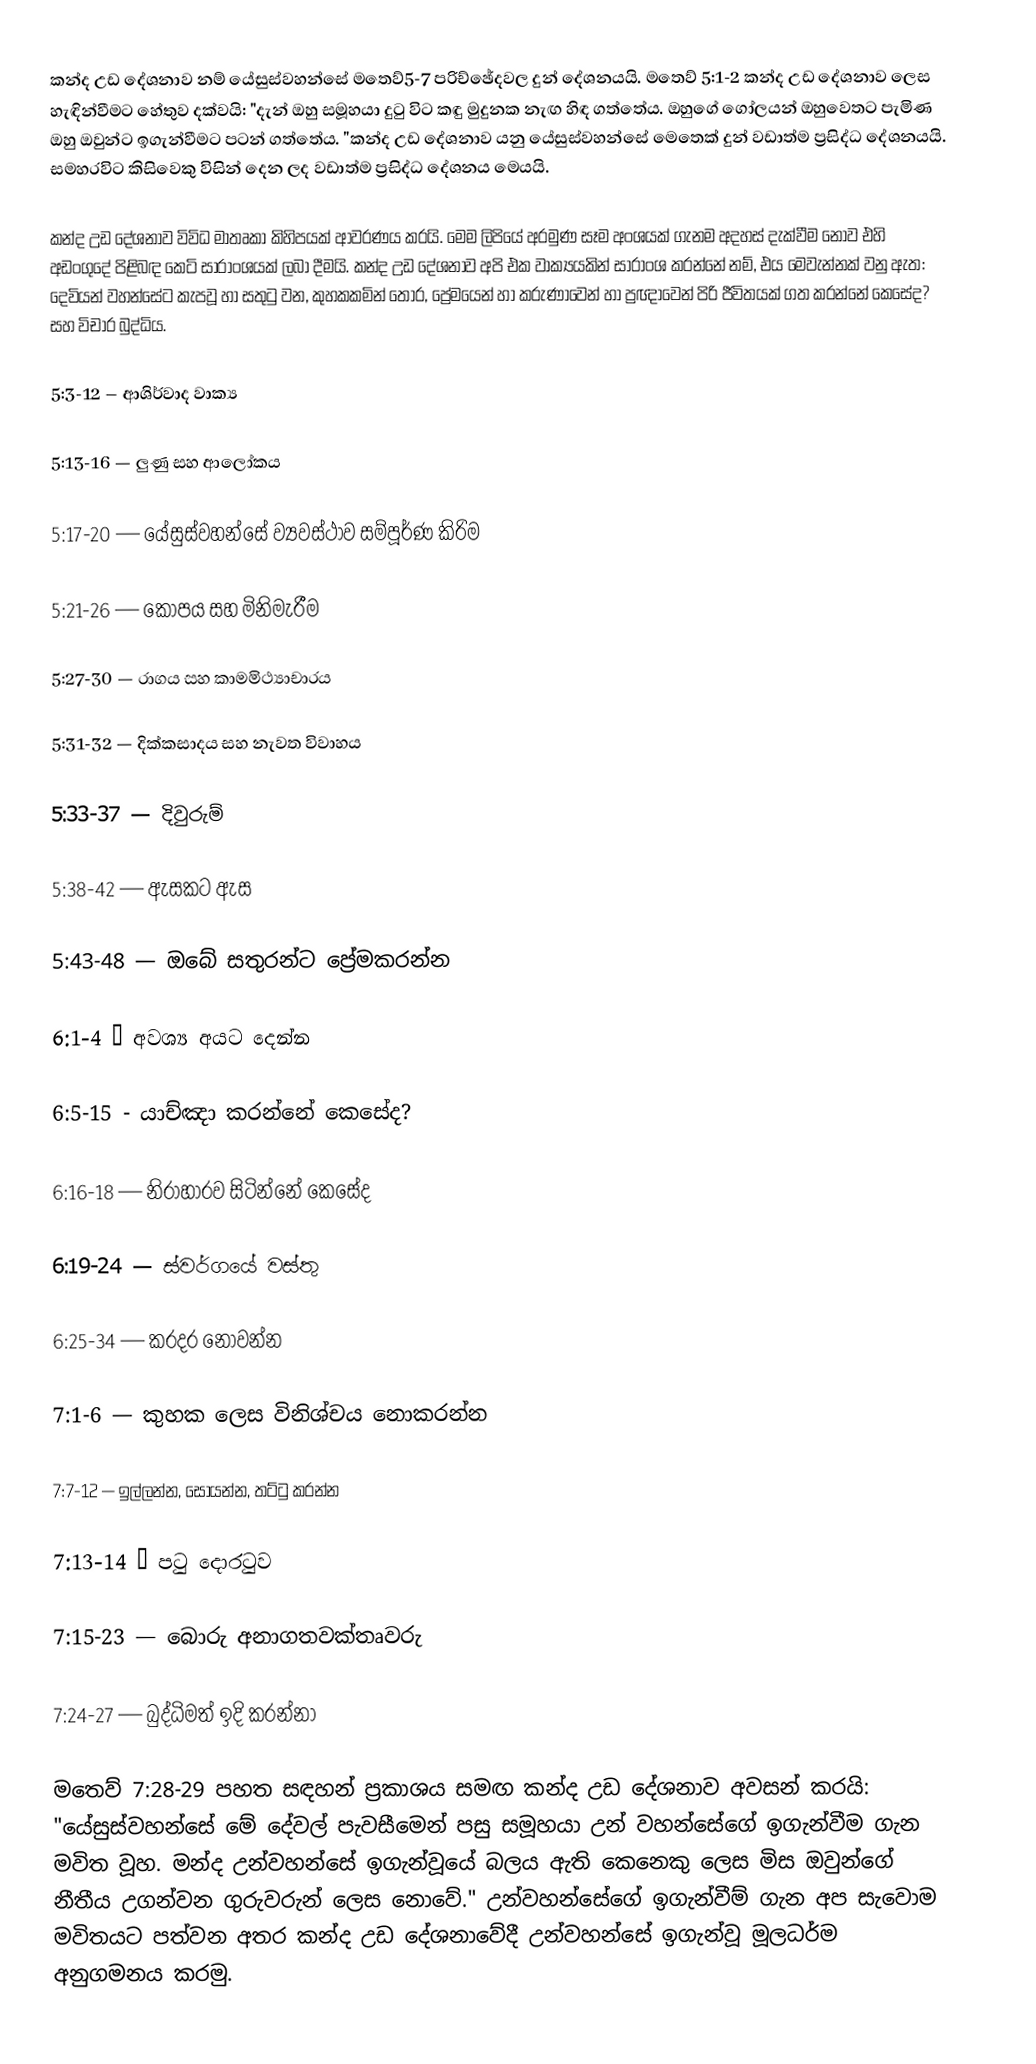
කන්ද උඩ දේශනාව නම් යේසුස්වහන්සේ මතෙව්5-7 පරිච්ඡේදවල දුන් දේශනයයි. මතෙව් 5:1-2 කන්ද උඩ දේශනාව ලෙස හැඳින්වීමට හේතුව දක්වයි: "දැන් ඔහු සමූහයා දුටු විට කඳු මුදුනක නැඟ හිඳ ගත්තේය. ඔහුගේ ගෝලයන් ඔහුවෙතට පැමිණ ඔහු ඔවුන්ට ඉගැන්වීමට පටන් ගත්තේය. "කන්ද උඩ දේශනාව යනු යේසුස්වහන්සේ මෙතෙක් දුන් වඩාත්ම ප්‍රසිද්ධ දේශනයයි. සමහරවිට කිසිවෙකු විසින් දෙන ලද වඩාත්ම ප්‍රසිද්ධ දේශනය මෙයයි.

කන්ද උඩ දේශනාව විවිධ මාතෘකා කිහිපයක් ආවරණය කරයි. මෙම ලිපියේ අරමුණ සෑම අංශයක් ගැනම අදහස් දැක්වීම නොව එහි අඩංගුදේ පිළිබඳ කෙටි සාරාංශයක් ලබා දීමයි. කන්ද උඩ දේශනාව අපි එක වාක්‍යයකින් සාරාංශ කරන්නේ නම්, එය මෙවැන්නක් වනු ඇත: දෙවියන් වහන්සේට කැපවූ හා සතුටු වන, කුහකකමින් තොර, ප්‍රේමයෙන් හා කරුණාවෙන් හා ප්‍රඥාවෙන් පිරි ජීවිතයක් ගත කරන්නේ කෙසේද? සහ විචාර බුද්ධිය.

5:3-12 – ආශිර්වාද වාක්‍ය

5:13-16 — ලුණු සහ ආලෝකය

5:17-20 — යේසුස්වහන්සේ ව්‍යවස්ථාව සම්පූර්ණ කිරිම

5:21-26 — කෝපය සහ මිනිමැරීම

5:27-30 — රාගය සහ කාමමිථ්‍යාචාරය

5:31-32 — දික්කසාදය සහ නැවත විවාහය

5:33-37 — දිවුරුම්

5:38-42 — ඇසකට ඇස

5:43-48 — ඔබේ සතුරන්ට ප්‍රේමකරන්න

6:1-4 — අවශ්‍ය අයට දෙන්න

6:5-15 - යාච්ඤා කරන්නේ කෙසේද?

6:16-18 — නිරාහාරව සිටින්නේ කෙසේද

6:19-24 — ස්වර්ගයේ වස්තු

6:25-34 — කරදර නොවන්න

7:1-6 — කුහක ලෙස විනිශ්චය නොකරන්න

7:7-12 — ඉල්ලන්න, සොයන්න, තට්ටු කරන්න

7:13-14 — පටු දොරටුව

7:15-23 — බොරු අනාගතවක්තෘවරු

7:24-27 — බුද්ධිමත් ඉදි කරන්නා

මතෙව් 7:28-29 පහත සඳහන් ප්‍රකාශය සමඟ කන්ද උඩ දේශනාව අවසන් කරයි: "යේසුස්වහන්සේ මේ දේවල් පැවසීමෙන් පසු සමූහයා උන් වහන්සේගේ ඉගැන්වීම ගැන මවිත වූහ. මන්ද උන්වහන්සේ ඉගැන්වූයේ බලය ඇති කෙනෙකු ලෙස මිස ඔවුන්ගේ නීතීය උගන්වන ගුරුවරුන් ලෙස නොවේ." උන්වහන්සේගේ ඉගැන්වීම් ගැන අප සැවොම මවිතයට පත්වන අතර කන්ද උඩ දේශනාවේදී උන්වහන්සේ ඉගැන්වූ මූලධර්ම අනුගමනය කරමු.